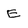
Character: E